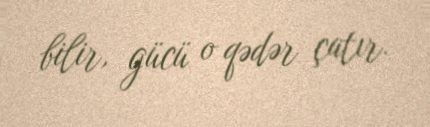
bilir, gücü o qədər çatır.